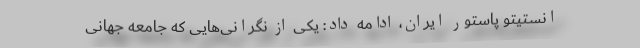
انستیتو پاستور ایران، ادامه داد: یکی از نگرانی‌هایی که جامعه جهانی